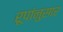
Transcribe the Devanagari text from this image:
रूपांनुसार